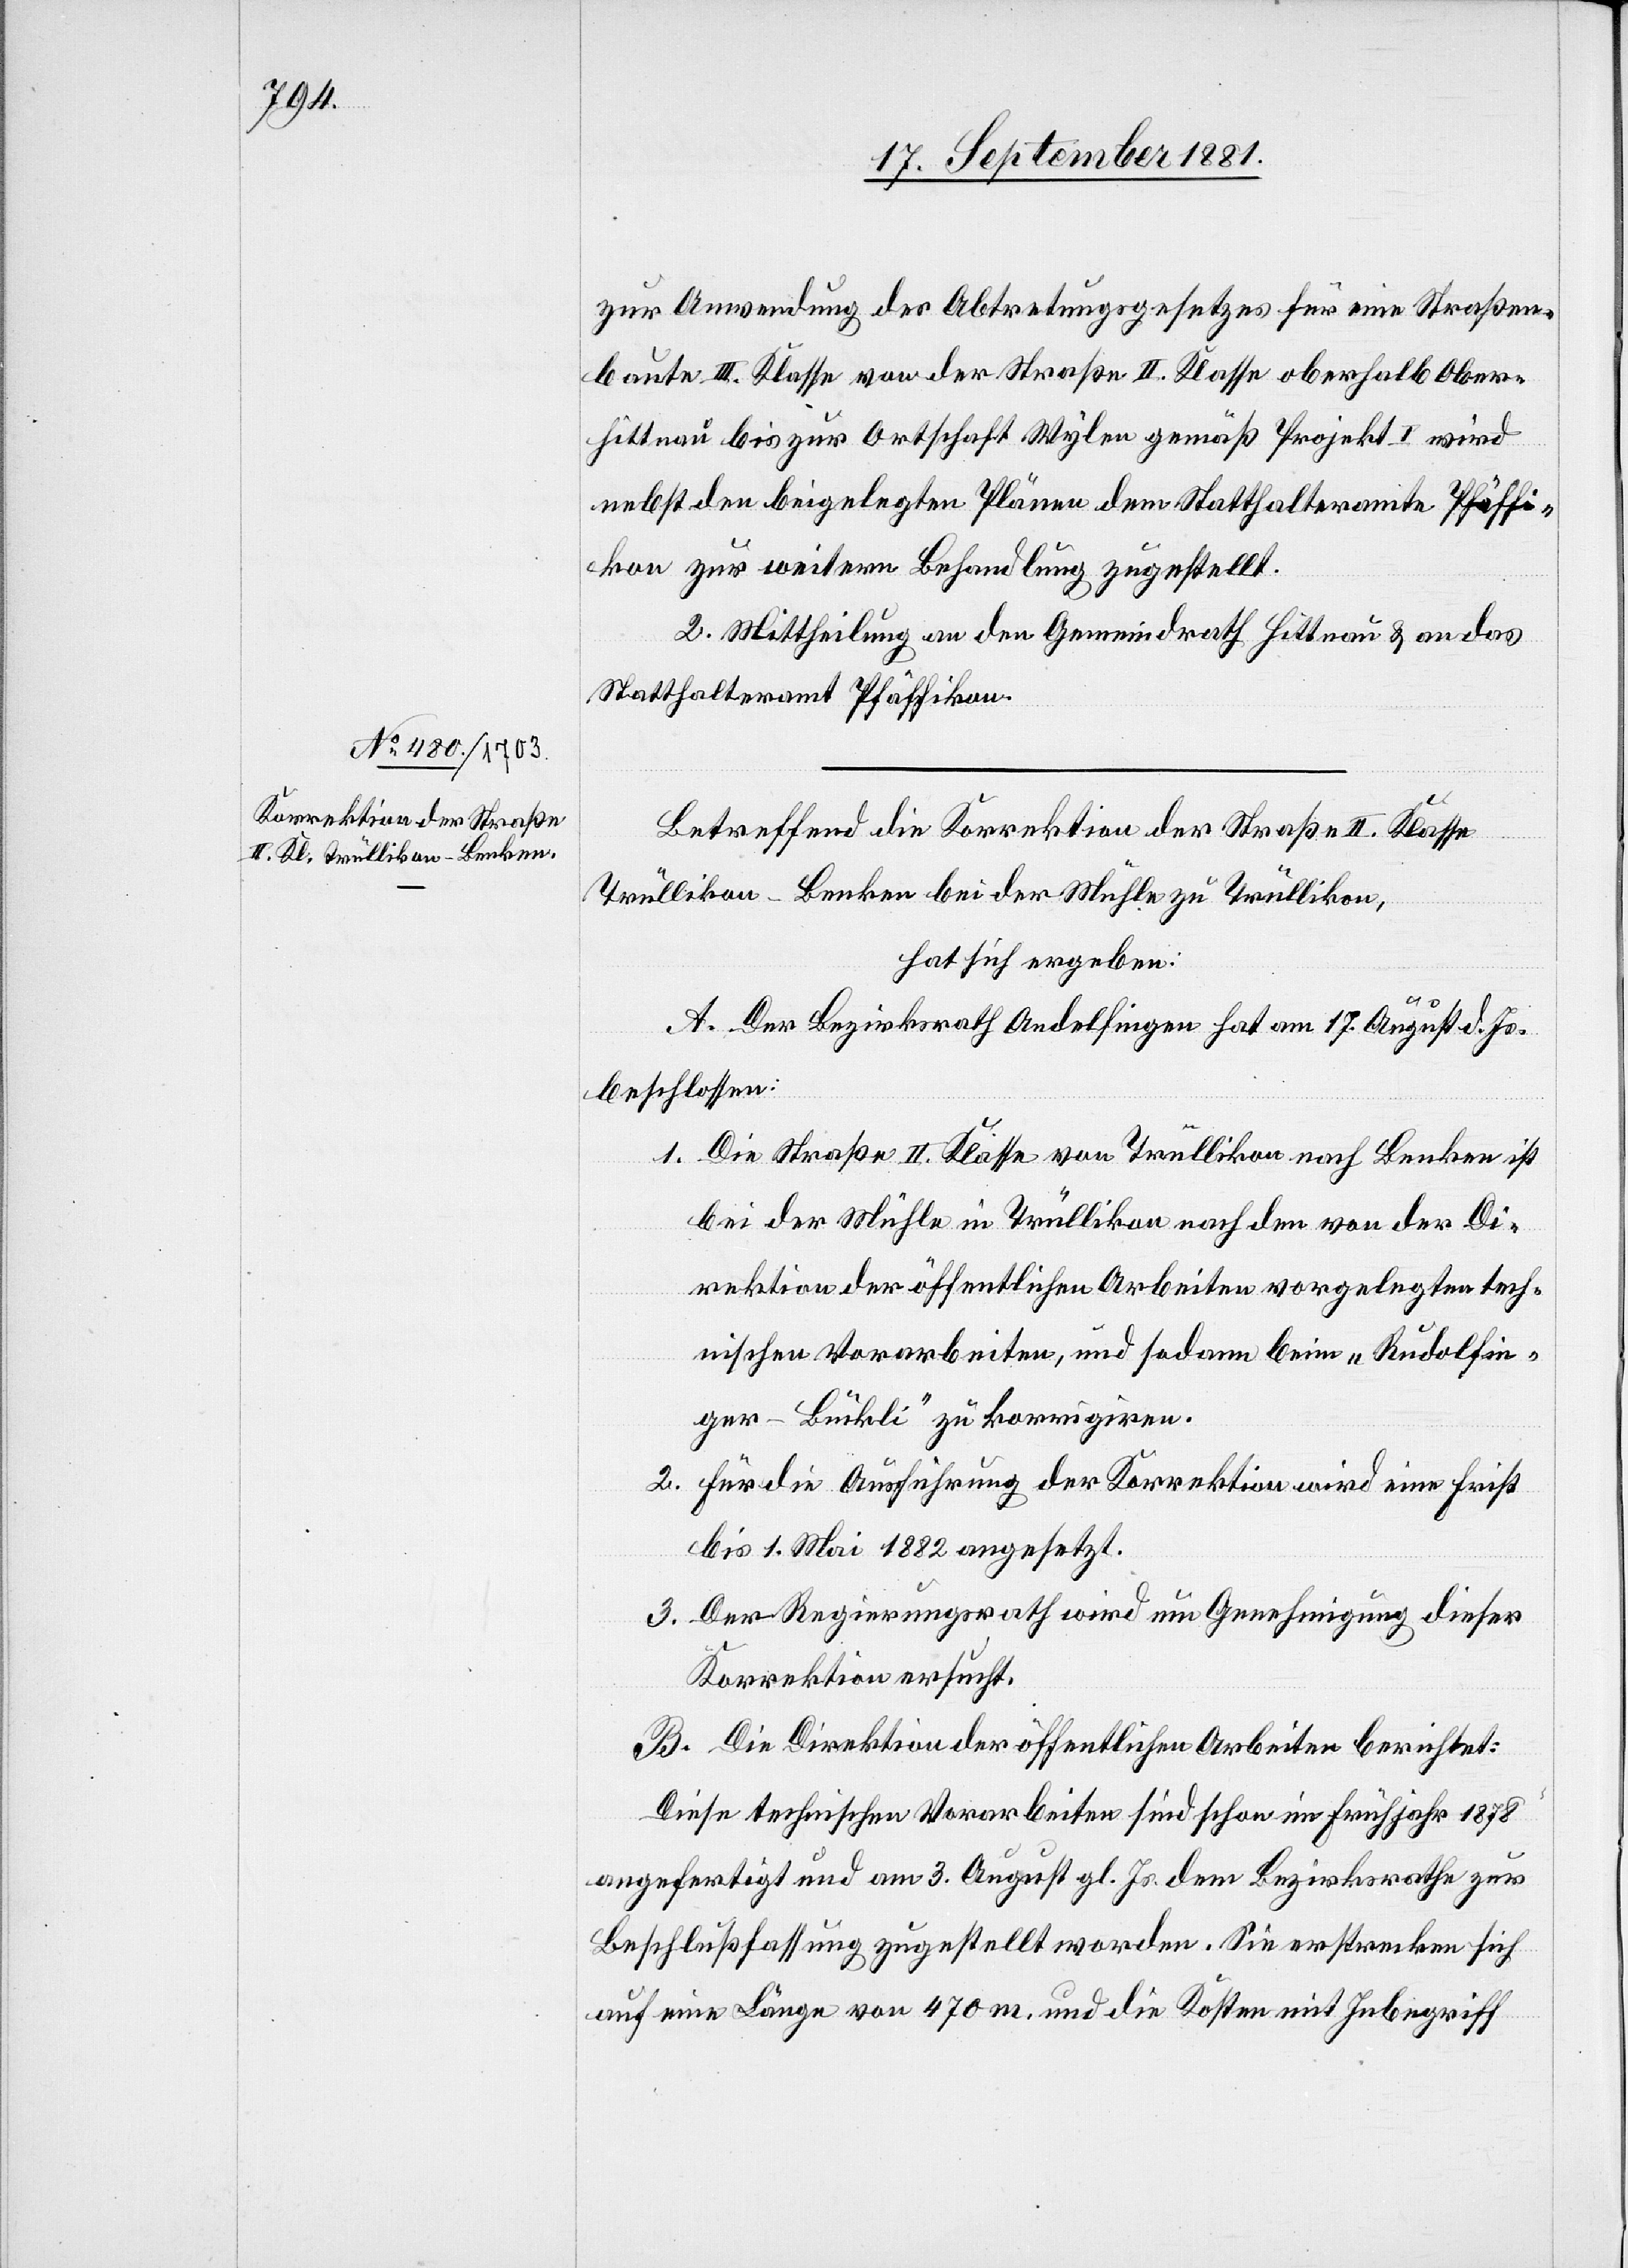
zur Anwendung des Abtretungsgesetzes für eine Straßen¬
baute III. Klasse von der Straße II. Klasse oberhalb Ober¬
hittnau bis zur Ortschaft Wylen gemäß Projekt I wird
nebst den beigelegten Pläne dem Statthalteramte Pfäffi¬
kon zur weitern Behandlung zugestellt.
2. Mittheilung an den Gemeindrath Hittnau & an das
Statthalteramt Pfäffikon.
Betreffend die Korrektion der Straßen II. Klasse
Trüllikon–Benken bei der Mühle zu Trüllikon,
hat sich ergeben:
A. Der Bezirksrath Andelfingen hat am 17. August d. Js.
beschlossen:
1. Die Straße II. Klasse von Trüllikon nach Benken ist
bei der Mühle in Trüllikon nach den von der Di¬
rektion der öffentlichen Arbeiten vorgelegten tech¬
nischen Vorarbeiten, und sodann beim „Rudolfin¬
ger-Bückli“ zu korrigiren.
2. Für die Ausführung der Korrektion wird eine Frist
bis 1. Mai 1882 angesetzt.
3. Der Regierungsrath wird um Genehmigung dieser
Korrektion ersucht.
B. Die Direktion der öffentlichen Arbeiten berichtet:
Diese technischen Vorarbeiten sind schon im Frühjahr 1878
angefertigt und am 3. August gl. Js. dem Bezirksrathe zur
Beschlußfassung zugestellt worden. Sie erstrecken sich
auf eine Länge von 470m. und die Kosten mit Inbegriff